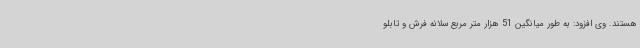
هستند. وی افزود: به طور میانگین 51 هزار متر مربع سلانه فرش و تابلو